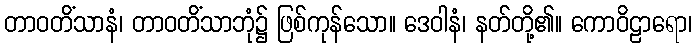
တာဝတိံသာနံ၊ တာဝတိံသာဘုံ၌ ဖြစ်ကုန်သော။ ဒေဝါနံ၊ နတ်တို့၏။ ကောဝိဠာရော၊